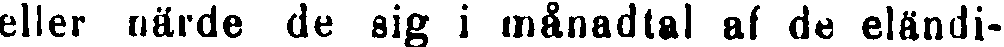
eller närde de sig i månadtal af de eländi-